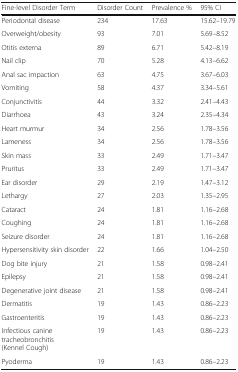
<table><thead><tr><td><b>Fine-level Disorder Term</b></td><td><b>Disorder Count</b></td><td><b>Prevalence %</b></td><td><b>95% CI</b></td></tr></thead><tbody><tr><td>Periodontal disease</td><td>234</td><td>17.63</td><td>15.62–19.79</td></tr><tr><td>Overweight/obesity</td><td>93</td><td>7.01</td><td>5.69–8.52</td></tr><tr><td>Otitis externa</td><td>89</td><td>6.71</td><td>5.42–8.19</td></tr><tr><td>Nail clip</td><td>70</td><td>5.28</td><td>4.13–6.62</td></tr><tr><td>Anal sac impaction</td><td>63</td><td>4.75</td><td>3.67–6.03</td></tr><tr><td>Vomiting</td><td>58</td><td>4.37</td><td>3.34–5.61</td></tr><tr><td>Conjunctivitis</td><td>44</td><td>3.32</td><td>2.41–4.43</td></tr><tr><td>Diarrhoea</td><td>43</td><td>3.24</td><td>2.35–4.34</td></tr><tr><td>Heart murmur</td><td>34</td><td>2.56</td><td>1.78–3.56</td></tr><tr><td>Lameness</td><td>34</td><td>2.56</td><td>1.78–3.56</td></tr><tr><td>Skin mass</td><td>33</td><td>2.49</td><td>1.71–3.47</td></tr><tr><td>Pruritus</td><td>33</td><td>2.49</td><td>1.71–3.47</td></tr><tr><td>Ear disorder</td><td>29</td><td>2.19</td><td>1.47–3.12</td></tr><tr><td>Lethargy</td><td>27</td><td>2.03</td><td>1.35–2.95</td></tr><tr><td>Cataract</td><td>24</td><td>1.81</td><td>1.16–2.68</td></tr><tr><td>Coughing</td><td>24</td><td>1.81</td><td>1.16–2.68</td></tr><tr><td>Seizure disorder</td><td>24</td><td>1.81</td><td>1.16–2.68</td></tr><tr><td>Hypersensitivity skin disorder</td><td>22</td><td>1.66</td><td>1.04–2.50</td></tr><tr><td>Dog bite injury</td><td>21</td><td>1.58</td><td>0.98–2.41</td></tr><tr><td>Epilepsy</td><td>21</td><td>1.58</td><td>0.98–2.41</td></tr><tr><td>Degenerative joint disease</td><td>21</td><td>1.58</td><td>0.98–2.41</td></tr><tr><td>Dermatitis</td><td>19</td><td>1.43</td><td>0.86–2.23</td></tr><tr><td>Gastroenteritis</td><td>19</td><td>1.43</td><td>0.86–2.23</td></tr><tr><td>Infectious canine tracheobronchitis (Kennel Cough)</td><td>19</td><td>1.43</td><td>0.86–2.23</td></tr><tr><td>Pyoderma</td><td>19</td><td>1.43</td><td>0.86–2.23</td></tr></tbody></table>